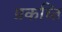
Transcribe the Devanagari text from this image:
प्रकष्ति